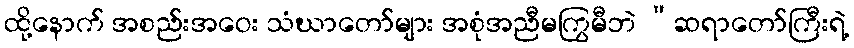
ထို့နောက် အစည်းအဝေး သံဃာတော်များ အစုံအညီမကြွမီဘဲ “ဆရာတော်ကြီးရဲ့